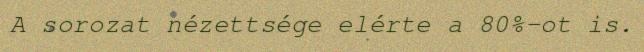
A sorozat nézettsége elérte a 80%-ot is.